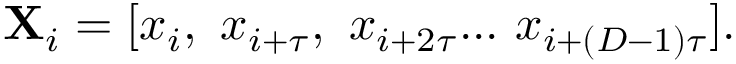
\mathbf { X } _ { i } = [ x _ { i } , ~ x _ { i + \tau } , ~ x _ { i + 2 \tau } . . . ~ x _ { i + ( D - 1 ) \tau } ] .